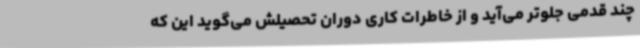
چند قدمی جلوتر می‌آید و از خاطرات کاری دوران تحصیلش می‌گوید این که